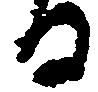
る